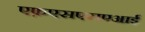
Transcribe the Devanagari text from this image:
एफ़एसएसएआई